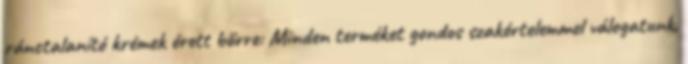
ránctalanító krémek érett bőrre: Minden terméket gondos szakértelemmel válogatunk,